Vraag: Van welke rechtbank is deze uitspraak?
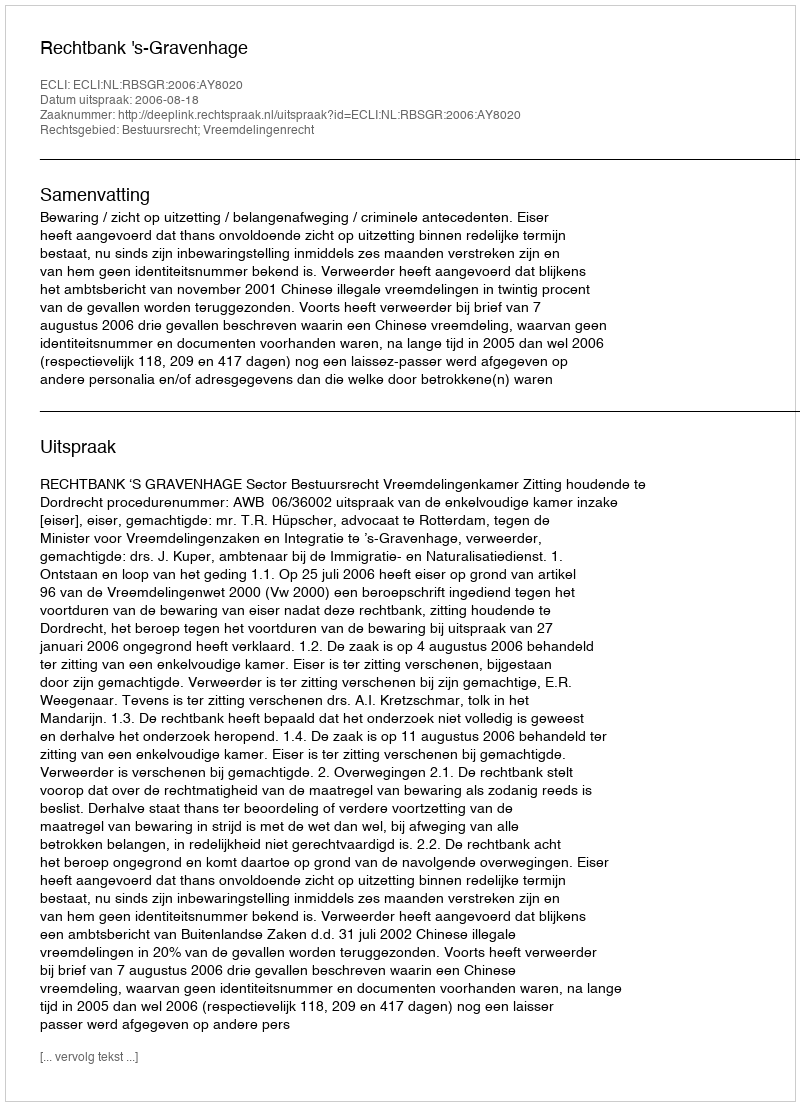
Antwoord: Rechtbank 's-Gravenhage